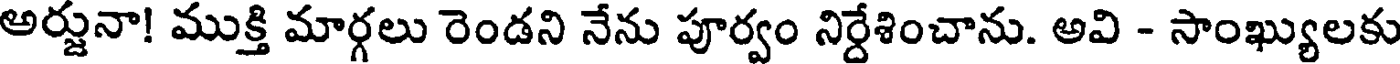
అర్జునా! ముక్తి మార్గలు రెండని నేను పూర్వం నిర్దేశించాను. అవి - సాంఖ్యులకు